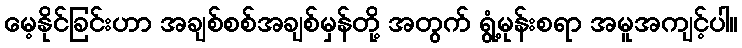
မေ့နိုင်ခြင်းဟာ အချစ်စစ်အချစ်မှန်တို့ အတွက် ရွံ့မုန်းစရာ အမူအကျင့်ပါ။